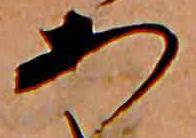
あ